Leaving Certificate, 1888
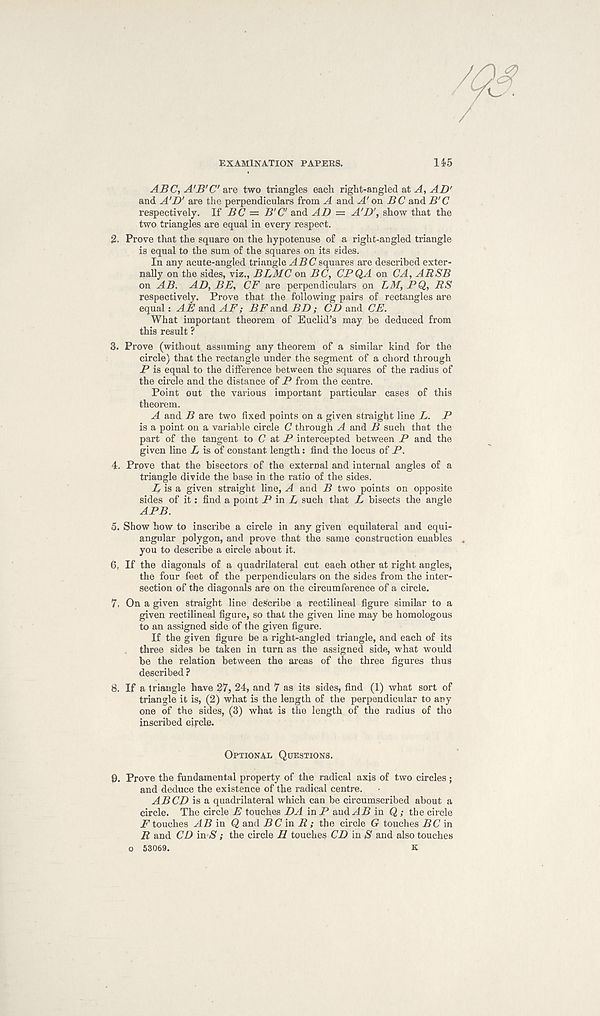
EXAMINATION PAPEES.
14>5
ABC, A'B'C are two triangles each right-angled at A, AD'
and A'D' are the perpendiculars from A and A' on BC and B'C
respectively. If BC = B'C' and AD = A'D', show that the
two triangles are equal in every respect.
2. Prove that the square on the hypotenuse of a right-angled triangle
is equal to the sum of the squares on its sides.
In any acute-angled triangle ABC squares are described exter-
nally on the sides, viz., BLMC on BC, CPQA on CA, ARSB
on AB. AD, BE, CF are perpendiculars on LM, PQ, RS
respectively. Prove that the following pairs of rectangles are
equal: AE and AF; BF and BD; CD and CE.
What important theorem of Euclid’s may be deduced from
this result ?
3. Prove (without assuming any theorem of a similar kind for the
circle) that the rectangle under the segment of a chord through
P is equal to the difference between the squares of the radius of
the circle and the distance of P from the centre.
Point out the various important particular cases of this
theorem.
A and B are two fixed points on a given straight line L. P
is a point on a variable circle C through A and B such that the
part of the tangent to C at P intercepted between P and the
given line L is of constant length: find the locus of P.
4. Prove that the bisectors of the external and internal angles of a
triangle divide the base in the ratio of the sides.
P is a given straight line, A and B two points on opposite
sides of it: find a point P in P such that P bisects the angle
APB.
5. Show how to inscribe a circle in any given equilateral and equi-
angular polygon, and prove that the same construction enables .
you to describe a circle about it.
6. If the diagonals of a quadrilateral cut each other at right angles,
the four feet of the perpendiculars on the sides from the inter-
section of the diagonals are on the circumference of a circle.
7. On a given straight line describe a rectilineal figure similar to a
given rectilineal figure, so that the given line may be homologous
to an assigned side of the given figure.
If the given figure be a right-angled triangle, and each of its
three sides be taken in turn as the assigned side, what would
be the relation between the areas of the three figures thus
described ?
8. If a triangle have 27, 24, and 7 as its sides, find (1) what sort of
triangle it is, (2) what is the length of the perpendicular to any
one of the sides, (3) what is the length of the radius of the
inscribed circle.
OPTIONAL QUESTIONS.
9.
Prove the fundamental property of the radical a
and deduce the existence of the radical centre.
ABCD is a quadrilater al which can be circumscribed about a
circle. The circle E touches DA in P &nA.AB in Q ; the circle
F touches AB in Q and BC in R ; the circle G touches PC in
R and CD in S; the circle H touches CD in S and also touches
o 53069.
K